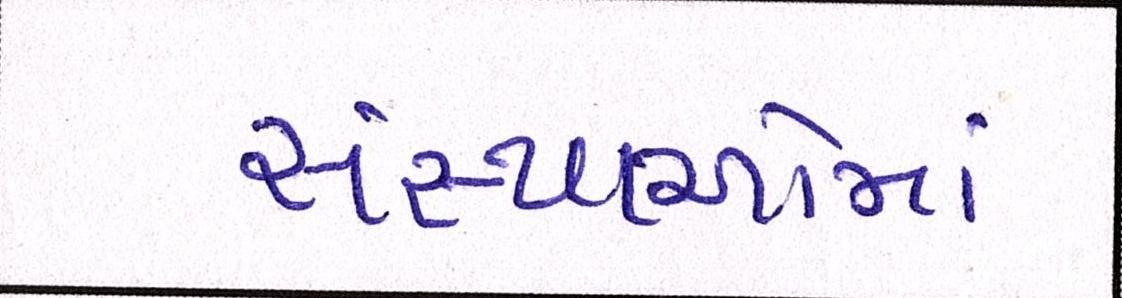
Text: સંસ્થાઓમાં